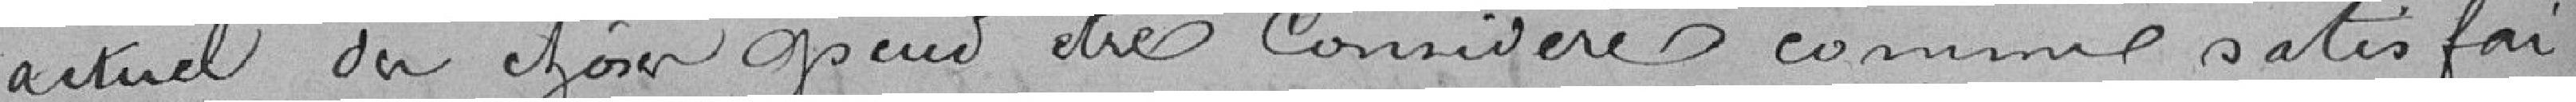
actuel des choses peut être considéré comme satisfai